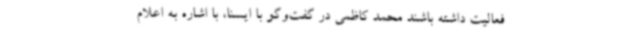
فعالیت داشته باشند محمد کاظمی در گفت‌وگو با ایسنا، با اشاره به اعلام